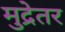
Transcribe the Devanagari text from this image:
मुद्रेतर